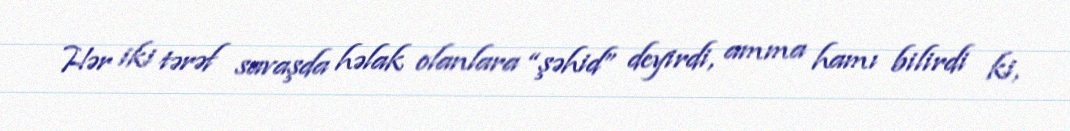
Hər iki tərəf savaşda həlak olanlara “şəhid” deyirdi, amma hamı bilirdi ki,